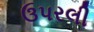
ઉપરલી